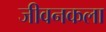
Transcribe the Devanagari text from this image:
जीवनकला